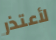
لأعتذر